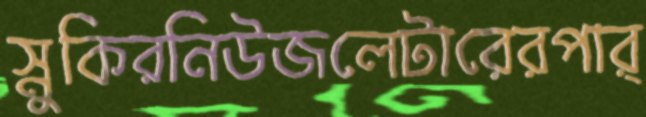
স্নুকিরনিউজলেটারেরপার্